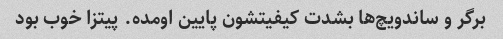
برگر و ساندویچ‌ها بشدت کیفیتشون پایین اومده. پیتزا خوب بود